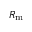
R _ { \mathrm { m } }